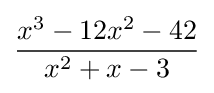
{\frac {x^{3}-12x^{2}-42}{x^{2}+x-3}}